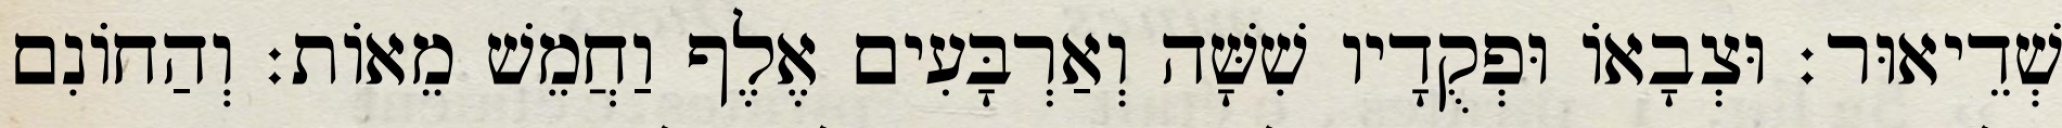
שְׁדֵיאוּר׃ וּצְבָאוֹ וּפְקֻדָיו שִׁשָּׁה וְאַרְבָּעִים אֶלֶף וַחֲמֵשׁ מֵאוֹת׃ וְהַחוֹנִם